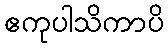
ဧကုပါသိကာပိ